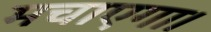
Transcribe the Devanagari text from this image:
मचाएगा।